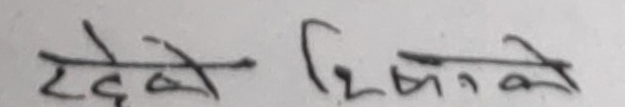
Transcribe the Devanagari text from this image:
देखे भित्तिको